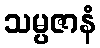
သမ္ပဇာနံ